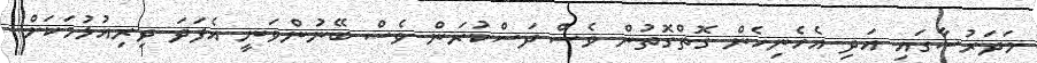
މަދަރުސާގައި އަދި އެހެނިހެން ގޮތްގޮތުން ވެސް ދަސްކުރަން ވެސް ބޭނުންވަނީ އެފަދަ ދިރިއުޅުމަކަށް